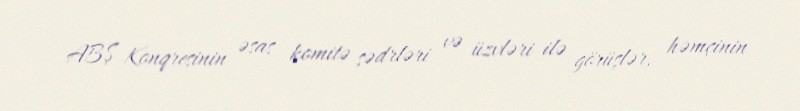
ABŞ Konqresinin əsas komitə sədrləri və üzvləri ilə görüşlər, həmçinin